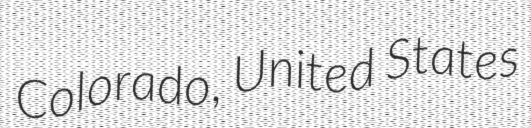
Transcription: Colorado, United States